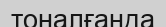
тоналғанда